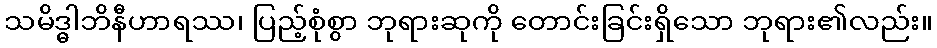
သမိဒ္ဓါဘိနီဟာရဿ၊ ပြည့်စုံစွာ ဘုရားဆုကို တောင်းခြင်းရှိသော ဘုရား၏လည်း။